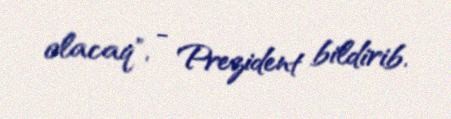
olacaq", - Prezident bildirib.